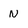
Character: N